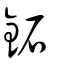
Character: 鉐